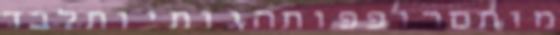
מותםרופפותהגותיותלבד